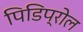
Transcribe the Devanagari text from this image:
पिडिप्रोल